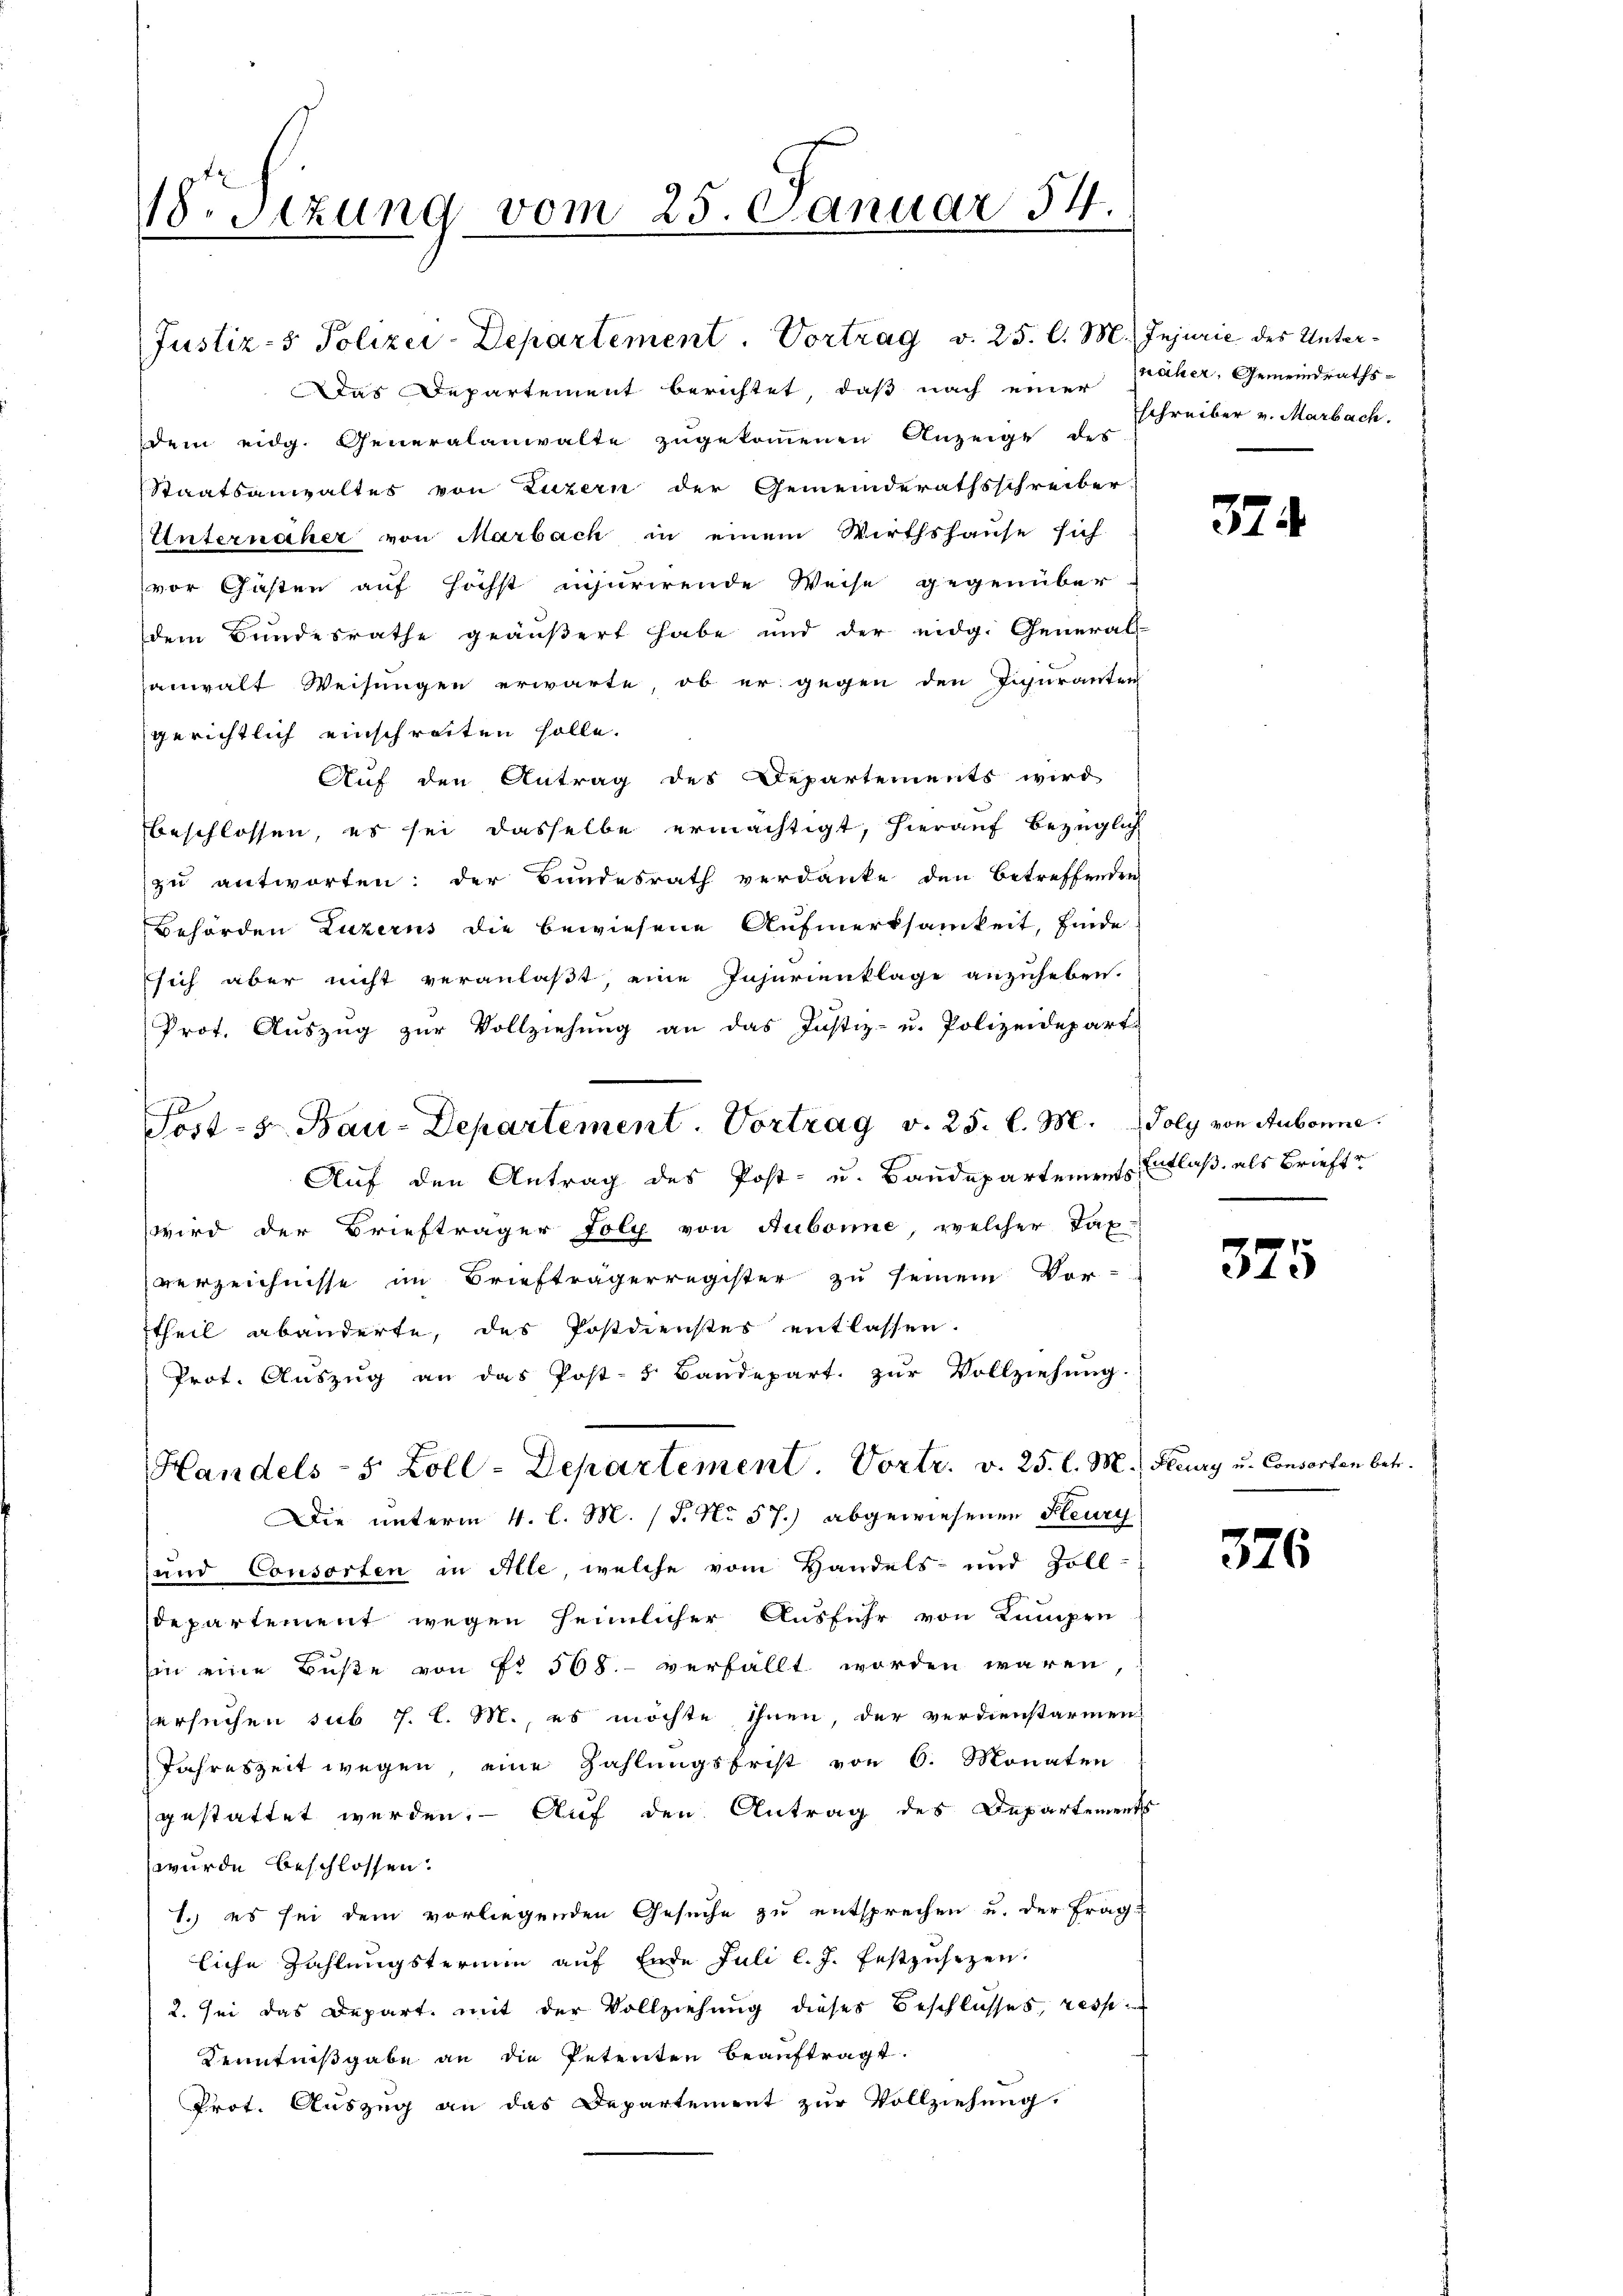
18. Sezung vom 25. Januar 54.

Justiz- & Polizei-Departement. Vortrag v. 25. l. M. Injurie des Unter¬
Das Departement berichtet, daß nach einer
dem eidg. Generalanwalte zugekommenen Anzeige des
Staatsanwaltes von Luzern der Gemeinderathsschreiber
Unternäher von Marbach in einem Wirthshause sich
vor Gasten auf höchst insurirende Weise gegenüber
dem Bŭndesrathe geäußert habe und der eidg. General-
anwalt Weisungen erwarte, ob er gegen den Injuranten
gerichtlich einschreiten solle.
Auf den Antrag des Departements wird
beschlossen, es sei dasselbe ermächtigt, hierauf bezüglich
zu antworten: der Bundesrath verdanke den betreffenden
Behörden Luzerns die bewiesene Aufmerksamkeit, finde
sich aber nicht veranlaßt, eine Injurienklage anzuheben.
Prot. Auszug zur Vollziehung an das Justiz- u. Polizeidepart
Auf den Antrag des Post- u. Baudepartements Entlaß, als Brieftr
wird der Briefträger folg von Aubonne, welcher Tax-
verzeichnisse im Briefträgerregister zu seinem Vor-
theil abänderte, des Postdienstes entlassen.
Prot. Auszug an das Post- & Baudepart. zur Vollziehung.
Handels- 5 Zoll-Departement. Vortr. v. 25. l. M.
Die unterm 4. l. M. (T. No 57.) abgewiesenen Feury
und Consorten in Alle welche vom Handels- und Zoll
departement wegen heimlicher Ausfuhr von Kumpen
Ein eine Buße von No 568.- verfällt worden wären
ersuchen sub 7. l. M. es möchte ihnen, der verdienstarmen
Jahreszeit wegen, eine Zahlungsfrist von 6. Monaten
gestattet werden. — Auf den Antrag des Departements
wurde beschlossen.
1.) es sei dem vorliegenden Gesuche zu entsprechen u. der Frag
liche Zahlungstermin auf Ende Juli l. J. festzusezen.
2. sei das Depart, mit der Vollziehung dieses Beschlusses, resp
Kenntnißgabe an die Petenten beauftragt.
Prot. Auszug an das Departement zur Vollziehung.

7
Post- & Bau-Departement. Vortrag v. 25. l. M. Joly von Aubonne.

näher, Gemeindrathsschreiber v. Marbach.

374

375

Fleury u. Conserten betr.

376.